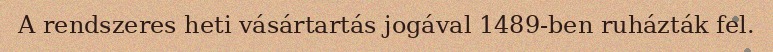
A rendszeres heti vásártartás jogával 1489-ben ruházták fel.